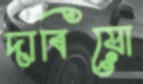
দাবিয়ো